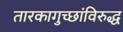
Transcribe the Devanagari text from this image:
तारकागुच्छांविरुद्ध